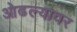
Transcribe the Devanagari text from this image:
ओढल्यावर